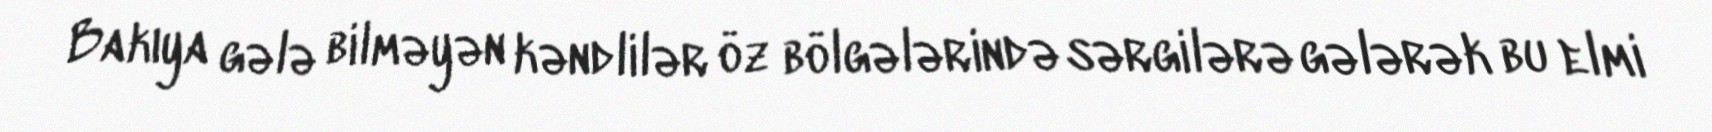
Bakıya gələ bilməyən kəndlilər öz bölgələrində sərgilərə gələrək bu elmi